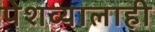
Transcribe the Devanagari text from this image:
पेशव्यालाही